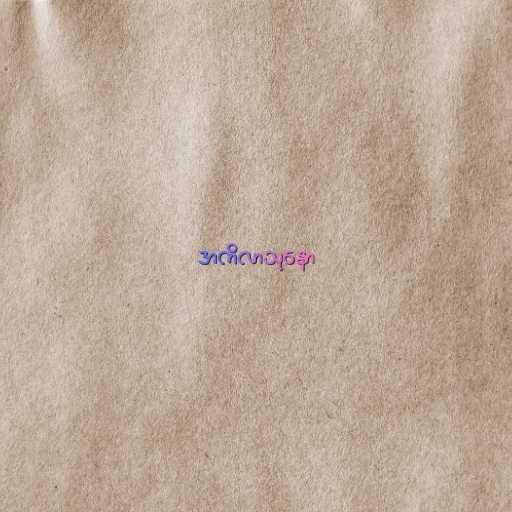
အကိလာသုနော